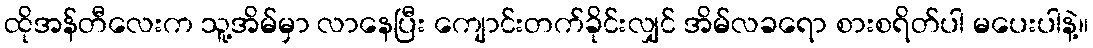
ထိုအန်တီလေးက သူ့အိမ်မှာ လာနေပြီး ကျောင်းတက်ခိုင်းလျှင် အိမ်လခရော စားစရိတ်ပါ မပေးပါနဲ့။